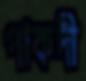
পাকদী